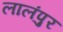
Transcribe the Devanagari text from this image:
लालंपुर